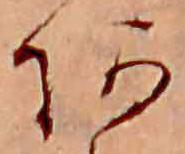
あ